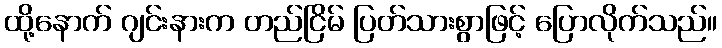
ထို့နောက် ဂျင်းနားက တည်ငြိမ် ပြတ်သားစွာဖြင့် ပြောလိုက်သည်။